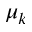
\mu _ { k }